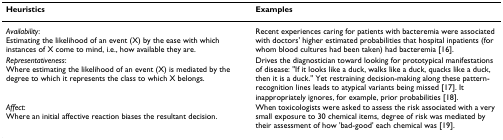
<table><thead><tr><td><b>Heuristics</b></td><td><b>Examples</b></td></tr></thead><tbody><tr><td><i>Availability</i>:Estimating the likelihood of an event (X) by the ease with which instances of X come to mind, i.e., how available they are.</td><td>Recent experiences caring for patients with bacteremia were associated with doctors&#x27; higher estimated probabilities that hospital inpatients (for whom blood cultures had been taken) had bacteremia [16].</td></tr><tr><td><i>Representativeness</i>:Where estimating the likelihood of an event (X) is mediated by the degree to which it represents the class to which X belongs.</td><td>Drives the diagnostician toward looking for prototypical manifestations of disease: &quot;If it looks like a duck, walks like a duck, quacks like a duck, then it is a duck.&quot; Yet restraining decision-making along these pattern-recognition lines leads to atypical variants being missed [17]. It inappropriately ignores, for example, prior probabilities [18].</td></tr><tr><td><i>Affect</i>:Where an initial affective reaction biases the resultant decision.</td><td>When toxicologists were asked to assess the risk associated with a very small exposure to 30 chemical items, degree of risk was mediated by their assessment of how &#x27;bad-good&#x27; each chemical was [19].</td></tr></tbody></table>